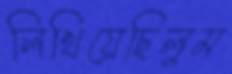
লিখিয়েছিলুম